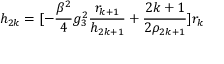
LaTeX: h _ { 2 k } = [ - \frac { \beta ^ { 2 } } { 4 } g _ { 3 } ^ { 2 } \frac { r _ { k + 1 } } { h _ { 2 k + 1 } } + \frac { 2 k + 1 } { 2 \rho _ { 2 k + 1 } } ] r _ { k }